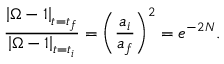
\frac { \left| \Omega - 1 \right| _ { t = t _ { f } } } { \left| \Omega - 1 \right| _ { t = t _ { i } } } = \left( \frac { a _ { i } } { a _ { f } } \right) ^ { 2 } = e ^ { - 2 N } .